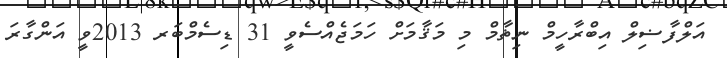
އަލްފާޟިލް އިބްރާހީމް ނިޡާމް މި މަޤާމަށް ހަމަޖެއްސެވީ 31 ޑިސެމްބަރ 2013ވީ އަންގާރަ